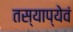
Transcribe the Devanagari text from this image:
तस्याप्येवं